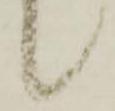
候